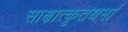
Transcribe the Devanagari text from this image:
साक्षात्कृतधर्मा